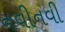
નવીનવી